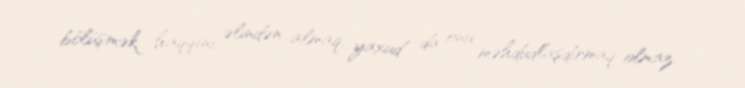
bölüşmək haqqını əlindən almaq, yaxud da onu məhdudlaşdırmaq olmaz.